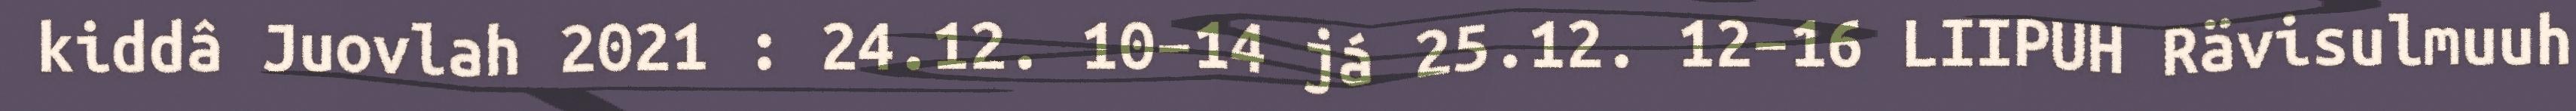
kiddâ Juovlah 2021 : 24.12. 10–14 já 25.12. 12–16 LIIPUH Rävisulmuuh